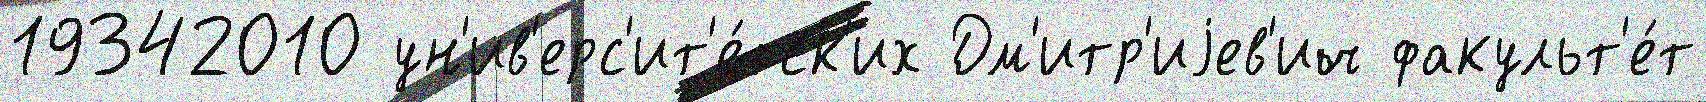
19342010 ун'ив'ерс'ит'е́тск'их Дм'итр'иjев'ич факульт'е́т